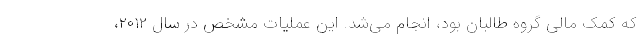
که کمک مالی گروه طالبان بود، انجام می‌شد. این عملیات مشخص در سال ۲۰۱۲،